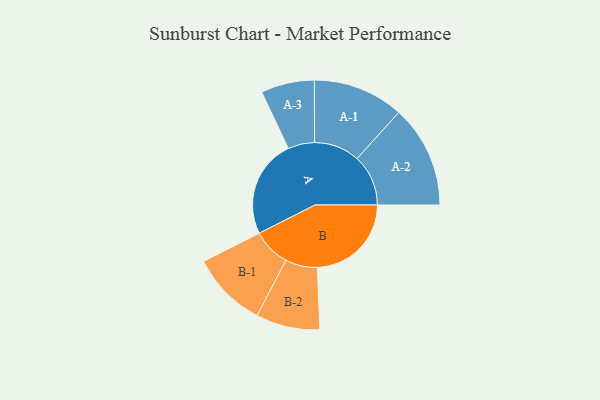
{"axis": {"x": "Segment", "y": "Value"}, "legend": ["", "A", "B"], "data": [{"x": "A", "y": 459, "type": ""}, {"x": "B", "y": 440, "type": ""}, {"x": "A-1", "y": 213, "type": "A"}, {"x": "A-2", "y": 240, "type": "A"}, {"x": "A-3", "y": 125, "type": "A"}, {"x": "B-1", "y": 178, "type": "B"}, {"x": "B-2", "y": 150, "type": "B"}]}